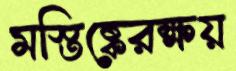
মস্তিষ্কেরক্ষয়